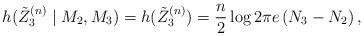
\begin{align*}h(\tilde{Z}_3^{(n)}\mid M_2,M_3)=h(\tilde{Z}_3^{(n)})=\frac{n}{2} \log 2 \pi e\left(N_3-N_2\right),\end{align*}